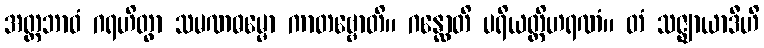
အတ္တဘာဝံ ဂရဟိတွာ သမဏဓမ္မော ကာတဗ္ဗောတိ။ ဂန္ထောတိ ပရိယတ္တိဟရဏံ။ တံ သဇ္ဈာယာဒီဟိ